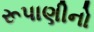
રૂપાણીનો